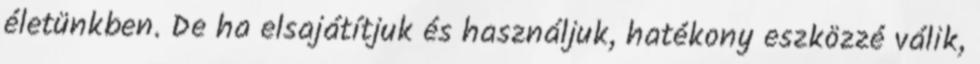
életünkben. De ha elsajátítjuk és használjuk, hatékony eszközzé válik,